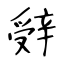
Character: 辤